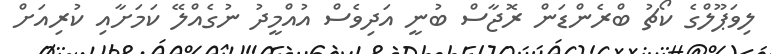
ލިވަޕޫލްގެ ކޯޗު ބްރެންޑަން ރޮޖާސް ބުނީ އަދިވެސް އުއްމީދު ނުގެއްލޭ ކަމަށާއި ކުރިއަށް